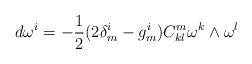
LaTeX: \begin{align*}d\omega^i=-\frac{1}{2}(2\delta^i_m-g^i_m)C^m_{kl}\omega^k\wedge\omega^l\end{align*}